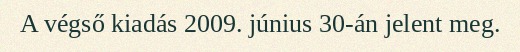
A végső kiadás 2009. június 30-án jelent meg.